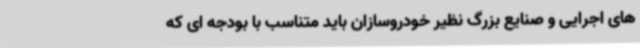
های اجرایی و صنایع بزرگ نظیر خودروسازان باید متناسب با بودجه ای که